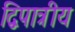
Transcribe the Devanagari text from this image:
द्विपात्रीय